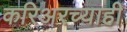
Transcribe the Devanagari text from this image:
करिअरच्याही